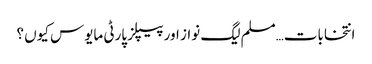
انتخابات…مسلم لیگ نواز اور پیپلز پارٹی مایوس کیوں ؟